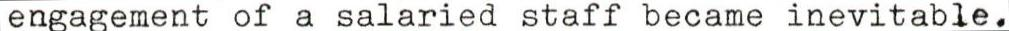
engagement of a salaried staff became inevitable.